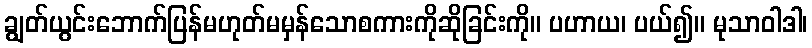
ချွတ်ယွင်းဘောက်ပြန်မဟုတ်မမှန်သောစကားကိုဆိုခြင်းကို။ ပဟာယ၊ ပယ်၍။ မုသာဝါဒါ၊